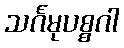
သင်္ဂမုပစ္စဂါ